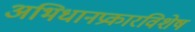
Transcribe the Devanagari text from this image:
अभिधानप्रकारविशेष